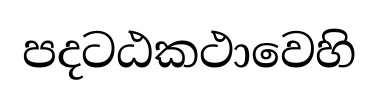
පදටඨකථාවෙහි